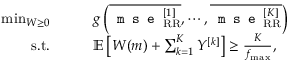
\begin{array} { r l } { \operatorname* { m i n } _ { W \geq 0 } } & { \qquad g \left( \overline { { \texttt { m s e } _ { \mathrm { R R } } ^ { [ 1 ] } } } , \cdots , \overline { { \texttt { m s e } _ { \mathrm { R R } } ^ { [ K ] } } } \right) } \\ { \mathrm { s . t . } } & { \qquad { \mathbb { E } } \left[ W ( m ) + \sum _ { k = 1 } ^ { K } Y ^ { [ k ] } \right] \geq \frac { K } { f _ { \operatorname* { m a x } } } , } \end{array}